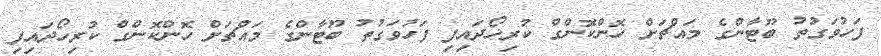
ފަހުވަގުތު ބޫޓާންގެ މައްޗަށް ހޮންކޮންގް ކުރިހޯދައިފި ފަހުވަގުތު ބޫޓާންގެ މައްޗަށް ހޮންކޮންގް ކުރިހޯދައިފި